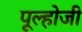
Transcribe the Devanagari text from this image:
पूल्होजी